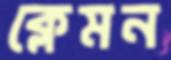
ক্লেমন